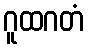
ဂူထဂတံ